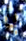
يا